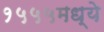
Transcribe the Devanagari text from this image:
१५५५मध्ये